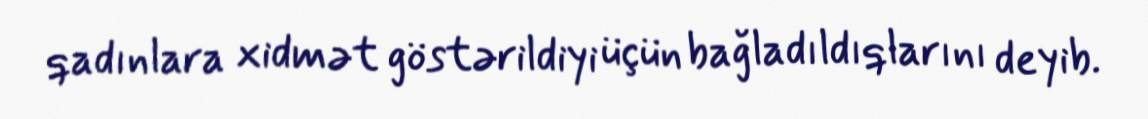
qadınlara xidmət göstərildiyi üçün bağladıldıqlarını deyib.